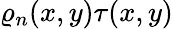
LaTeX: \varrho_{n}(x,y)\tau(x,y)